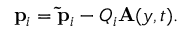
\mathbf { p } _ { i } = \mathbf { \tilde { p } } _ { i } - Q _ { i } \mathbf { A } ( y , t ) .